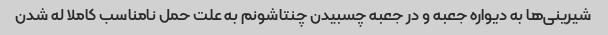
شیرینی‌ها به دیواره جعبه و در جعبه چسبیدن چنتاشونم به علت حمل نامناسب کاملا له شدن